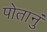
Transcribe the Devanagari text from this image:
पोतानुं